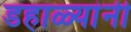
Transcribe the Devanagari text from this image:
डहाळ्यांनी